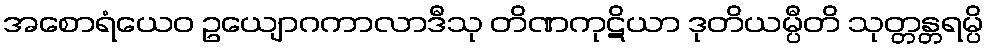
အစောရံယေဝ ဥယျောဂကာလာဒီသု တိဏကုဋိယာ ဒုတိယမ္ပီတိ သုတ္တန္တရမ္ပိ